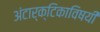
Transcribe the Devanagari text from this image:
अंटार्क्टिकाविषयी